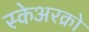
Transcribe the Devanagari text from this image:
स्केअरक्रो